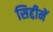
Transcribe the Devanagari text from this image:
सिद्दीनें